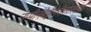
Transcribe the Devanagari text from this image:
उप्पीनबेट्टीगेरीसारख्या